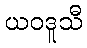
ယဝဒူသီ